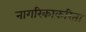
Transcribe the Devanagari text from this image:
नागरिकाकरिता